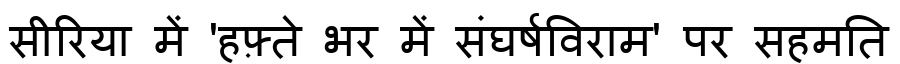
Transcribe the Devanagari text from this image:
सीरिया में 'हफ़्ते भर में संघर्षविराम' पर सहमति